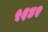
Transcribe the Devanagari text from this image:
५६४२